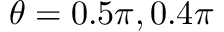
\theta = 0 . 5 \pi , 0 . 4 \pi